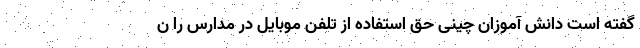
گفته است دانش آموزان چینی حق استفاده از تلفن موبایل در مدارس را ن